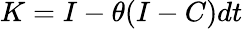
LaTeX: K=I-\theta(I-C)dt